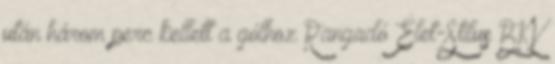
után három perc kellett a gólhoz Rangadó Élet-Stílus BKV